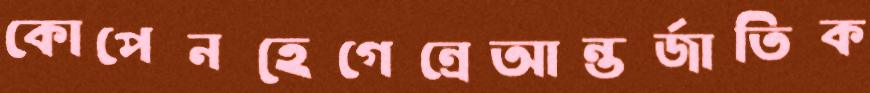
কোপেনহেগেন্রেআন্তর্জাতিক